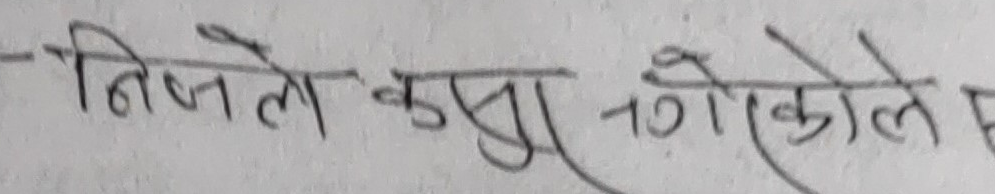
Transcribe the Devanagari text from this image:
निजले कसुर गरेकोले